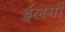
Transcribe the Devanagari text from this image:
ईलमी